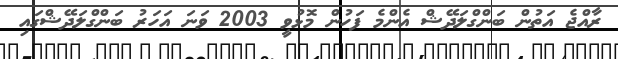
ރާއްޖެ އަތުން ބަންގްލަދޭޝް އެންމެ ފަހުން މޮޅުވީ 2003 ވަނަ އަހަރު ބަންގްލަދޭޝްގައި